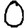
Digit: 0